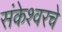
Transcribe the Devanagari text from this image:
संकेश्वरचे